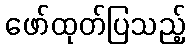
ဖော်ထုတ်ပြသည့်